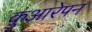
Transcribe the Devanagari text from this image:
कुंआरेपन